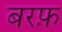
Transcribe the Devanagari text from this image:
बरफ़